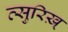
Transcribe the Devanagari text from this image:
त्सुरिख़्